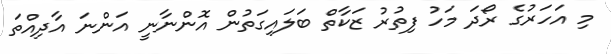
މި އަހަރުގެ ރޯދަ މަހު ފިތުރު ޒަކާތް ބަލައިގަތުން އޮންނާނީ އަންނަ އާދިއްތަ